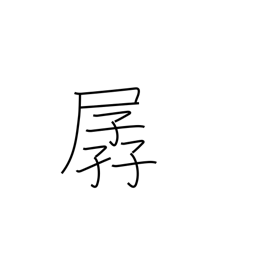
Meaning: weak